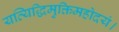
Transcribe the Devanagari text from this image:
यत्यिद्धिमुक्तिमहोदयं।